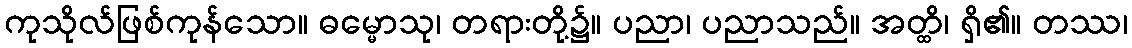
ကုသိုလ်ဖြစ်ကုန်သော။ ဓမ္မောသု၊ တရားတို့၌။ ပညာ၊ ပညာသည်။ အတ္ထိ၊ ရှိ၏။ တဿ၊